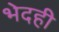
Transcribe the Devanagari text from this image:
भेदही